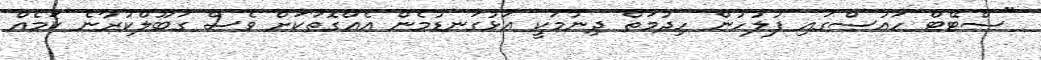
"ސްޓޭޓް ހައުސްގައި ފުލުހުން ހިދުމަތް ދިނުމަކީ އަޅުގަނޑުމެން އެއްގޮތަކަށް ވެސް ގަބޫލްކުރާނެ ކަމެއް